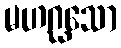
မဟဂ္ဃသော